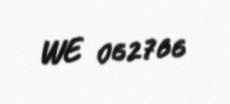
WE 062766